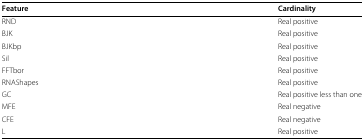
<table><thead><tr><td><b>Feature</b></td><td><b>Cardinality</b></td></tr></thead><tbody><tr><td>RND</td><td>Real positive</td></tr><tr><td>BJK</td><td>Real positive</td></tr><tr><td>BJKbp</td><td>Real positive</td></tr><tr><td>Sil</td><td>Real positive</td></tr><tr><td>FFTbor</td><td>Real positive</td></tr><tr><td>RNAShapes</td><td>Real positive</td></tr><tr><td>GC</td><td>Real positive less than one</td></tr><tr><td>MFE</td><td>Real negative</td></tr><tr><td>CFE</td><td>Real negative</td></tr><tr><td>L</td><td>Real positive</td></tr></tbody></table>